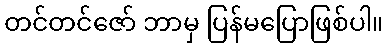
တင်တင်ဇော် ဘာမှ ပြန်မပြောဖြစ်ပါ။